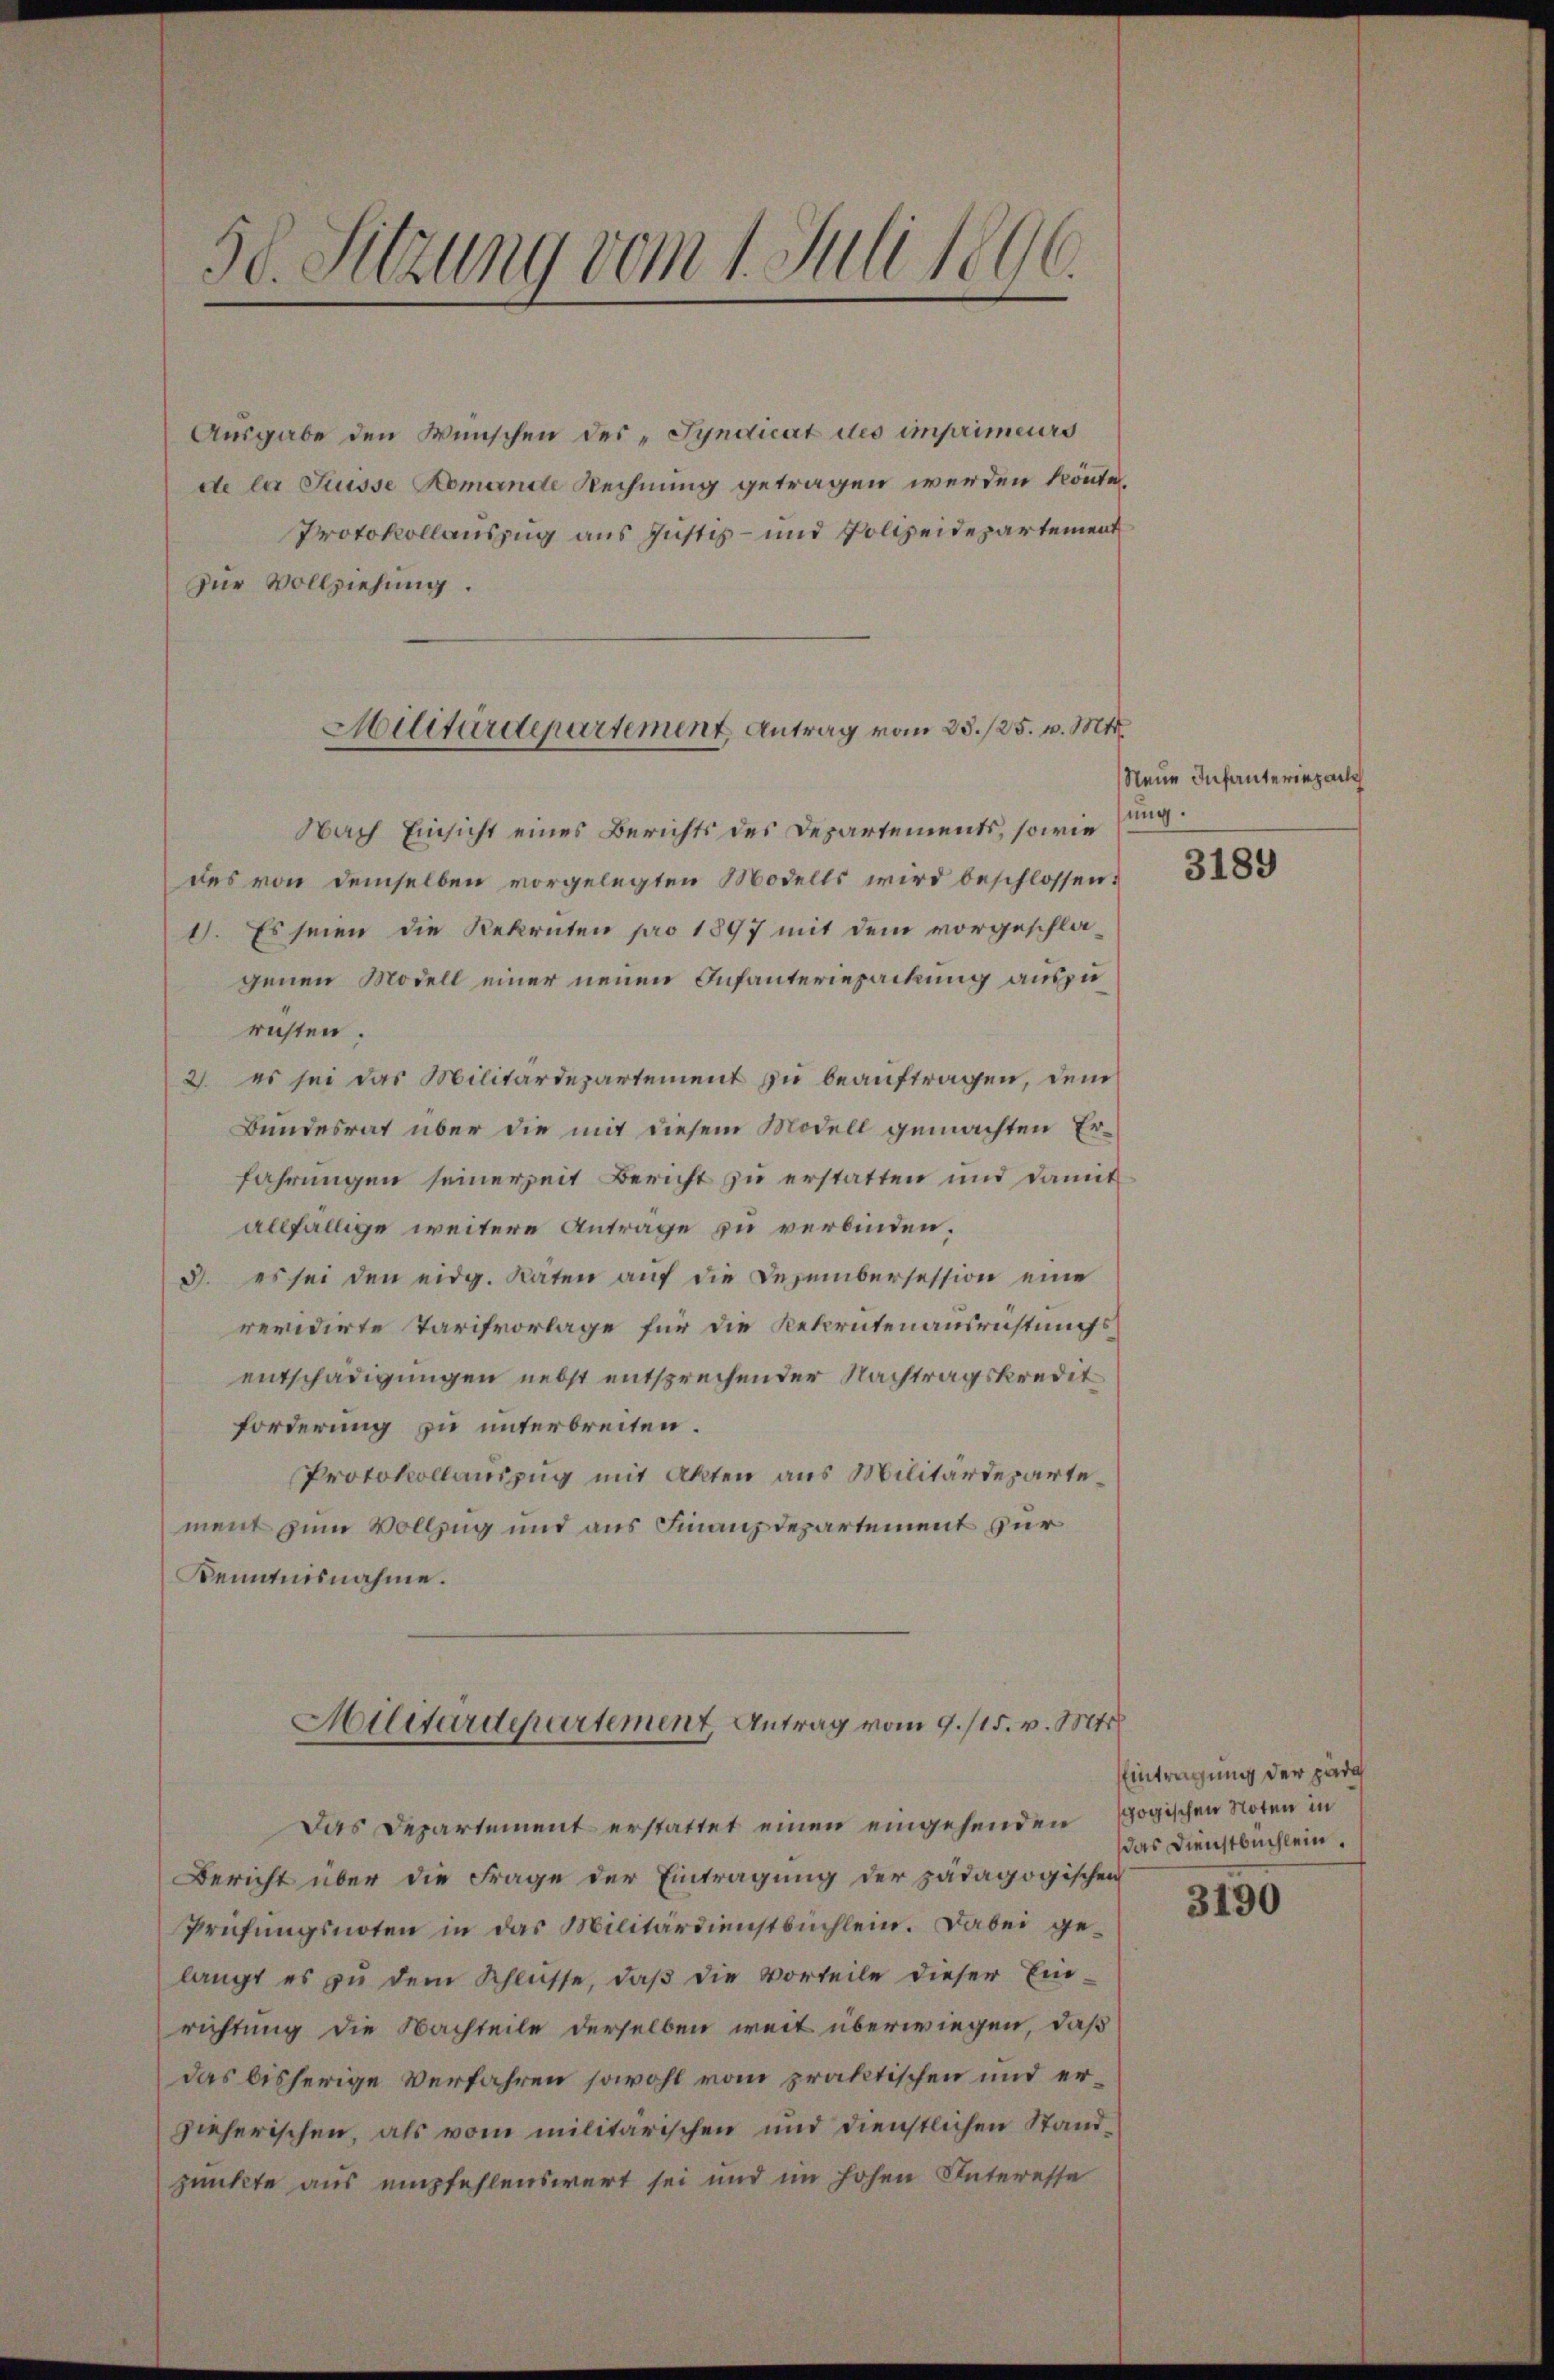
50. Sitzung vom 1. Juli 1896.

Ausgabe den Wünschen des „Syndicat des imprimeurs
de bei Fusse Komande Rechnung getragen werden könnte.
Protokollauszug aus Justiz- und Polizeidepartement
zur Vollziehung.
Nach Einsicht eines Berichts des Departements, sowie sing.
des von demselben vorgelegten Modells wird beschlossen:
1). Es seien die Rekruten pro 1897 mit dem vorgeschlagenen Modell einer neuen Infanteriepackung auszurichten.
2. es sei das Militärdepartement zu beauftragen, dem
Bundesrat über die mit diesem Modell gemachten Erfahrungen seinerzeit Bericht zu erstatten und damit
allfällige weitere Anträge zu verbinden.
3. es sei den eidg. Raten auf die Dezembersession eine
revidirte Tarifvorlage für die Rekrutenausrichtungsentschädigungen nebst entsprechender Nachtragskredit
forderung zu unterbreiten.
Protokollauszug mit Akten aus Militärdepartement zum Vollzug und aus Finanzdepartement zur
Kenntnisnahme.

Militärdepartement Antrag vom 23./25. v. Mts.

Militärdepartement, Antrag vom 9. 115. v. Mts.

Das Departement erstattet einen eingehenden Pogischen Noten in
Bericht über die Frage der Eintragung der pädagogischen
Prüfungsnoten in das Militärdienstbuchlein. Dabei gelangt es zŭ dem Schlüsse, daβ die Vorteile dieser Ein-
richtung die Nachteile derselben weit überwiegen, daß
das bisherige Verfahren sowohl vom praktischen und erzieherischen, als vom militärischen und dienstlichen Standpunkte aus empfehlenswert sei und im hohen Interesse

Neue Infanteriezeic

3189

Eintragung der päda
das Dienstbuchlein.

3190